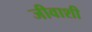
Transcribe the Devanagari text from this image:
जीवाशी